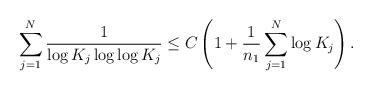
LaTeX: \begin{align*}\sum_{j=1}^{N}\frac{1}{\log K_{j}\log\log K_{j}}\le C\left(1+\frac{1}{n_{1}}\sum_{j=1}^{N}\log K_{j}\right).\end{align*}